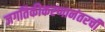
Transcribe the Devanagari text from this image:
जगतिकीकरणानंतरची